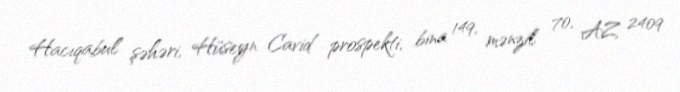
Hacıqabul şəhəri, Hüseyn Cavid prospekti, bina 149, mənzil 70, AZ 2409